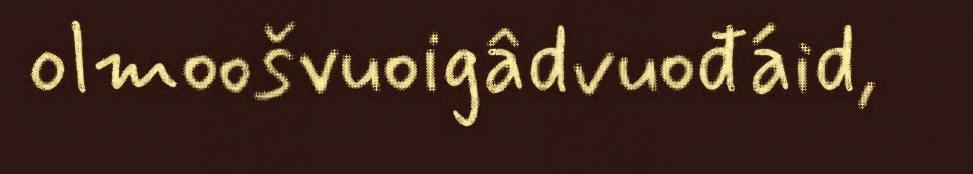
olmoošvuoigâdvuođáid,